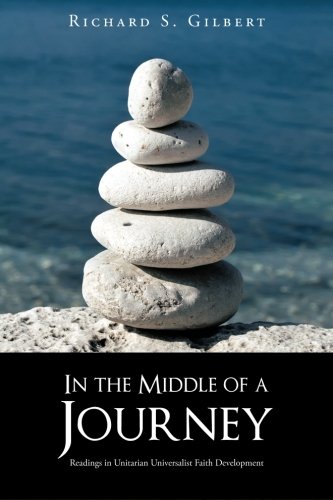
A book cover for In the Middle of a Journey: Readings in Unitarian Universalist Faith Development; Richard S. Gilbert; Religion & Spirituality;